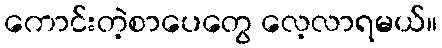
ကောင်းတဲ့စာပေတွေ လေ့လာရမယ်။